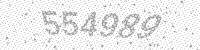
Solution: 554989